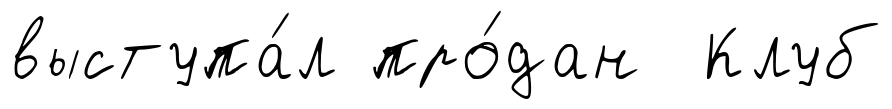
выступа́л про́дан Клуб